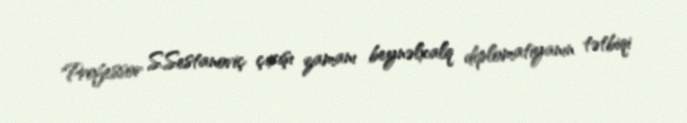
Professor S.Sestanoviç çıxışı zamanı beynəlxalq diplomatiyanın tətbiqi